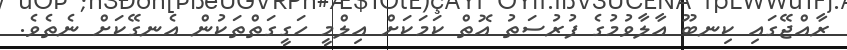
ރާއްޖޭގައި ކިނބޫ އާލާވުމުގެ ފުރުސަތު އޮތް ކަމަކަށް އިލްމީ ހަގީގަތްތަކުން އެނގޭކަށް ނެތެވެ.